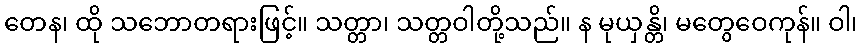
တေန၊ ထို သဘောတရားဖြင့်။ သတ္တာ၊ သတ္တဝါတို့သည်။ န မုယှန္တိ၊ မတွေဝေကုန်။ ဝါ၊